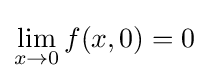
\lim _{x\to 0}f(x,0)=0